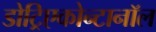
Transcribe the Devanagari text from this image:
डोट्रिएकोन्टानॉल